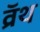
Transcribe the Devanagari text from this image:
व्रॅथ